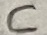
Text: C